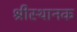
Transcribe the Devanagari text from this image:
श्रीस्थानक